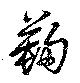
鞠